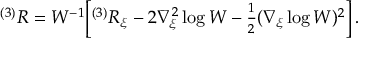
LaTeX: { } ^ { ( 3 ) } R = W ^ { - 1 } \biggl [ { } ^ { ( 3 ) } R _ { \xi } - 2 \nabla _ { \xi } ^ { 2 } \log W - { \textstyle \frac { 1 } { 2 } } ( \nabla _ { \xi } \log W ) ^ { 2 } \biggr ] \, .